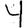
Digit: 4